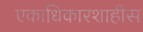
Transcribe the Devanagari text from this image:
एकाधिकारशाहीस